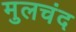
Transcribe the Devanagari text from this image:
मुलचंद